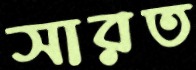
সারত